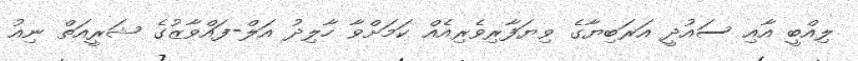
ލިއްބީ އާއި ސައުދީ އަރަބިޔާގެ ވިޔަފާރިވެރިއެއް ކަމަށްވާ ހާލިދު އަލް-ފައްވާޒުގެ ޝަރީއަތް ނިއު